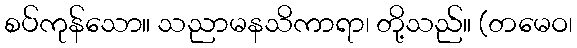
စပ်ကုန်သော။ သညာမနသိကာရာ၊ တို့သည်။ (တမေဝ၊